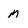
Character: M